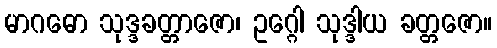
မာဂဓော သုဒ္ဒခတ္တာဇော၊ ဥဂ္ဂေါ သုဒ္ဒါယ ခတ္တဇော။